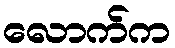
လောက်က